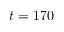
t = 1 7 0